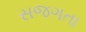
સજગતા